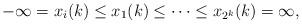
LaTeX: \begin{align*} - \infty =x_i(k) \leq x_1(k) \leq \dots \leq x_{2^k}(k) = \infty, \end{align*}